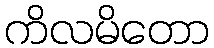
ကိလမိတော